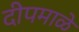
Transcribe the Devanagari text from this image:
दीपमाळे